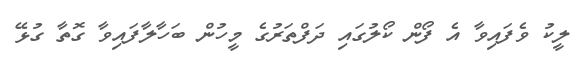
ލީކު ވެފައިވާ އެ ފޯން ކޯލުގައި ދަފްތަރުގެ މީހުން ބަހާލާފައިވާ ގޮތާ ގުޅޭ